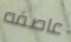
عاصفه